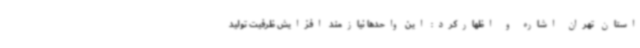
استان تهران اشاره و اظهارکرد: این واحدها نیازمند افزایش ظرفیت تولید